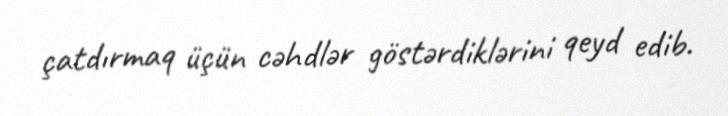
çatdırmaq üçün cəhdlər göstərdiklərini qeyd edib.